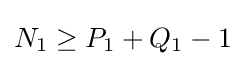
N_{1}\geq P_{1}+Q_{1}-1